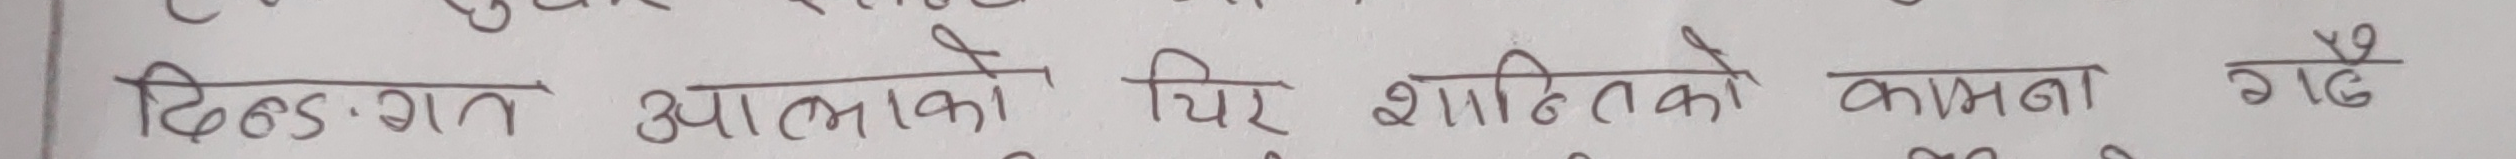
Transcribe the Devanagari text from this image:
बिगत आत्माको चिर शान्तिको कामना गदै